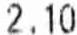
2.10